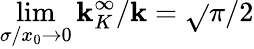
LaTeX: \operatorname*{lim}_{\sigma/x_{0}\to0}\mathbf{k}_{K}^{\infty}/\mathbf{k}=\sqrt{}{{\pi/2}}